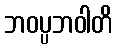
ဘဝပ္ပဘဝါတိ